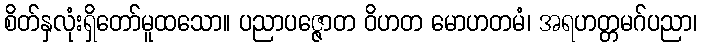
စိတ်နှလုံးရှိတော်မူထသော။ ပညာပဇ္ဇောတ ဝိဟတ မောဟတမံ၊ အရဟတ္တမဂ်ပညာ၊